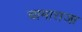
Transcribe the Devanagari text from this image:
चामाराजा